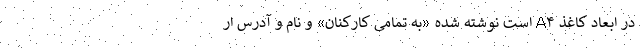
در ابعاد کاغذ A۴ است نوشته شده «به تمامی کارکنان» و نام و آدرس ار